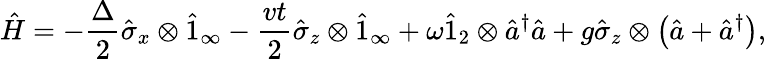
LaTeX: \hat{H}=-\frac{\Delta}{2}\hat{\sigma}_{x}\otimes\hat{1}_{\infty}-\frac{vt}{2}\hat{\sigma}_{z}\otimes\hat{1}_{\infty}+\omega\hat{1}_{2}\otimes\hat{a}^{\dagger}\hat{a}+g\hat{\sigma}_{z}\otimes\left(\hat{a}+\hat{a}^{\dagger}\right),